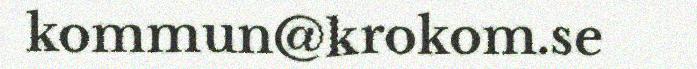
kommun@krokom.se